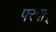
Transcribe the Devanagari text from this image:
परमार्